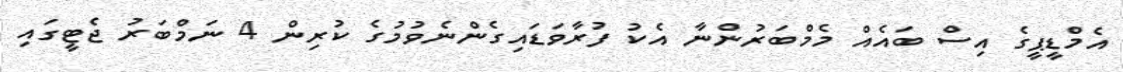
އެމްޑީޕީގެ އިސް ބައެއް މެމްބަރުންނާ އެކު ފުރާވަޑައިގެންނެވުމުގެ ކުރިން 4 ނަމްބަރު ޖެޓީގައި